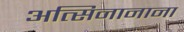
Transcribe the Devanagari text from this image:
अत्सिनानाना